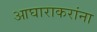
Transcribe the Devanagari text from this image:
आघाराकरांना